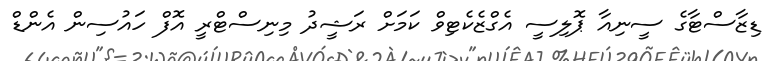
ޑިޒާސްޓާގެ ސީނިއާ ޕޮލިސީ އެގްޒެކެޓިވް ކަމަށް ރަޝީދު މިނިސްޓްރީ އޮފް ހައުސިން އެންޑް